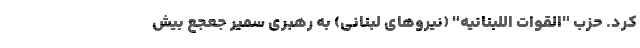
کرد. حزب "القوات اللبنانیه" (نیروهای لبنانی) به رهبری سمیر جعجع بیش